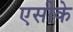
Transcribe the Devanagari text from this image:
एसीके